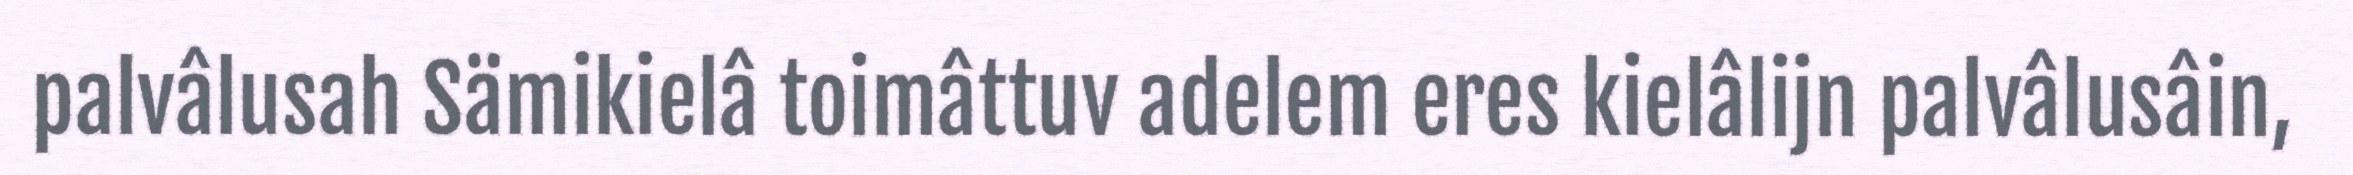
palvâlusah Sämikielâ toimâttuv adelem eres kielâlijn palvâlusâin,